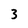
Character: 3